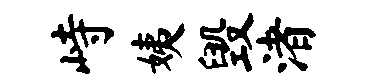
峙姨毁渚